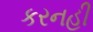
કરનહી